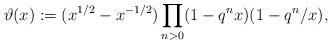
LaTeX: \begin{align*} \vartheta(x) := (x^{1/2} - x^{-1/2})\prod_{n > 0} (1 - q^nx)(1 - q^{n}/x), \end{align*}